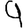
Digit: 9